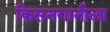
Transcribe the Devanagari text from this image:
किसनगानीला